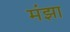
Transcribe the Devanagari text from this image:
मंझा